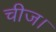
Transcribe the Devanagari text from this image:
चीज।